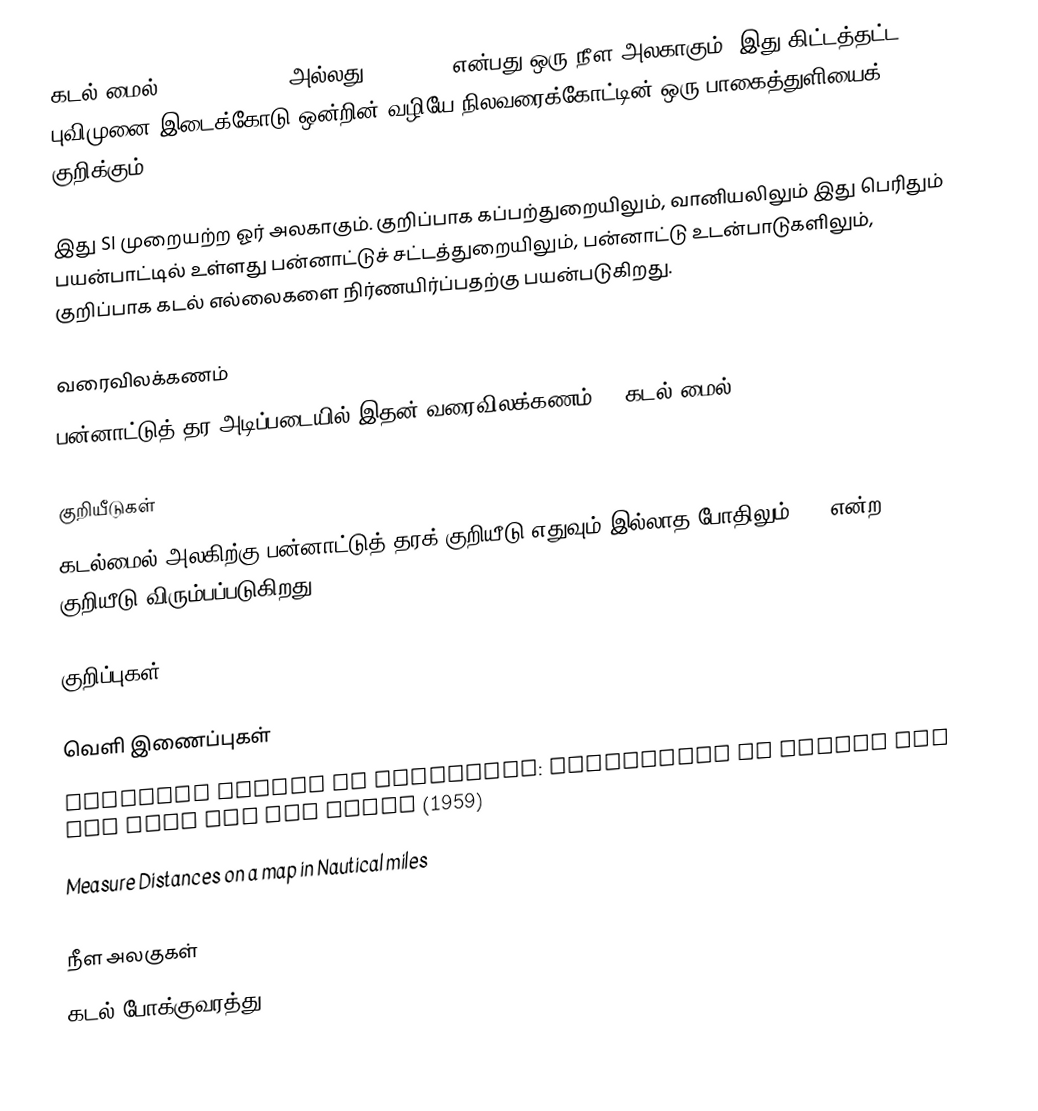
கடல் மைல் (Nautical mile அல்லது Sea mile) என்பது ஒரு நீள அலகாகும். இது கிட்டத்தட்ட புவிமுனை இடைக்கோடு ஒன்றின் வழியே நிலவரைக்கோட்டின் ஒரு பாகைத்துளியைக் குறிக்கும்.

இது SI முறையற்ற ஓர் அலகாகும். குறிப்பாக கப்பற்துறையிலும், வானியலிலும் இது பெரிதும் பயன்பாட்டில் உள்ளது பன்னாட்டுச் சட்டத்துறையிலும், பன்னாட்டு உடன்பாடுகளிலும், குறிப்பாக கடல் எல்லைகளை நிர்ணயிர்ப்பதற்கு பயன்படுகிறது.

வரைவிலக்கணம்
பன்னாட்டுத் தர அடிப்படையில் இதன் வரைவிலக்கணம்: 1 கடல் மைல் = .

குறியீடுகள்
கடல்மைல் அலகிற்கு பன்னாட்டுத் தரக் குறியீடு எதுவும் இல்லாத போதிலும் nmi என்ற குறியீடு விரும்பப்படுகிறது,.

குறிப்புகள்

வெளி இணைப்புகள்
 National Bureau of Standards: Refinement of values for the yard and the pound (1959)
 Measure Distances on a map in Nautical miles

நீள அலகுகள்
கடல் போக்குவரத்து